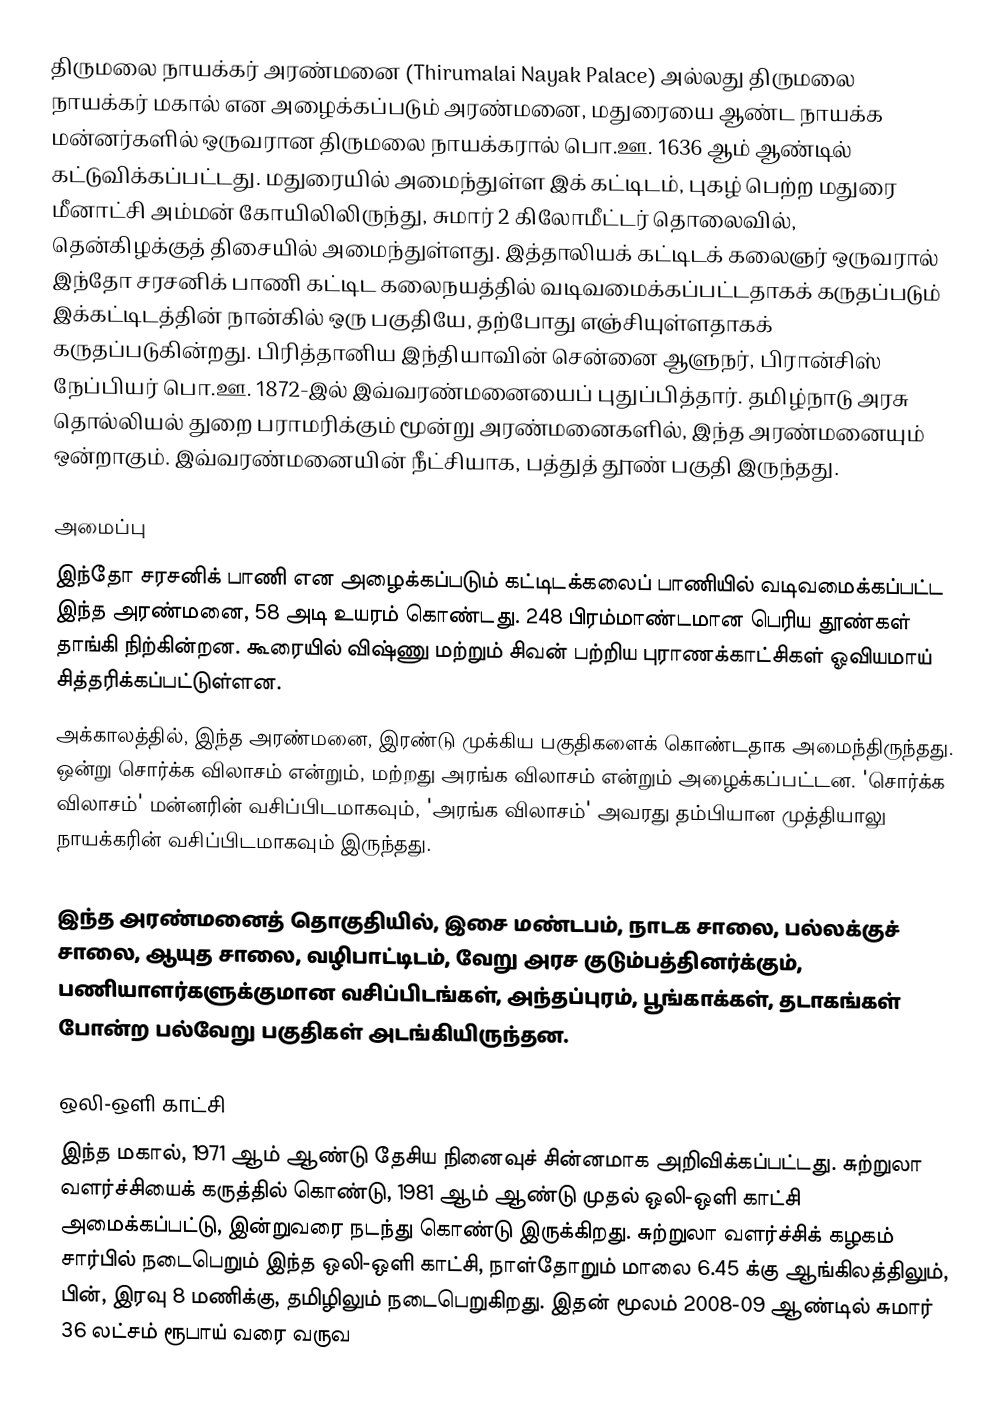
திருமலை நாயக்கர் அரண்மனை (Thirumalai Nayak Palace) அல்லது திருமலை நாயக்கர் மகால் என அழைக்கப்படும் அரண்மனை, மதுரையை ஆண்ட நாயக்க மன்னர்களில் ஒருவரான திருமலை நாயக்கரால் பொ.ஊ. 1636 ஆம் ஆண்டில் கட்டுவிக்கப்பட்டது. மதுரையில் அமைந்துள்ள இக் கட்டிடம், புகழ் பெற்ற மதுரை மீனாட்சி அம்மன் கோயிலிலிருந்து, சுமார் 2 கிலோமீட்டர் தொலைவில், தென்கிழக்குத் திசையில் அமைந்துள்ளது. இத்தாலியக் கட்டிடக் கலைஞர் ஒருவரால் இந்தோ சரசனிக் பாணி கட்டிட கலைநயத்தில் வடிவமைக்கப்பட்டதாகக் கருதப்படும் இக்கட்டிடத்தின் நான்கில் ஒரு பகுதியே, தற்போது எஞ்சியுள்ளதாகக் கருதப்படுகின்றது. பிரித்தானிய இந்தியாவின்  சென்னை ஆளுநர், பிரான்சிஸ் நேப்பியர் பொ.ஊ. 1872-இல் இவ்வரண்மனையைப் புதுப்பித்தார். தமிழ்நாடு அரசு தொல்லியல் துறை பராமரிக்கும் மூன்று அரண்மனைகளில், இந்த அரண்மனையும் ஒன்றாகும். இவ்வரண்மனையின் நீட்சியாக, பத்துத் தூண் பகுதி இருந்தது.

அமைப்பு
இந்தோ சரசனிக் பாணி என அழைக்கப்படும் கட்டிடக்கலைப் பாணியில் வடிவமைக்கப்பட்ட இந்த அரண்மனை, 58 அடி உயரம் கொண்டது. 248 பிரம்மாண்டமான பெரிய தூண்கள் தாங்கி நிற்கின்றன. கூரையில் விஷ்ணு மற்றும் சிவன் பற்றிய புராணக்காட்சிகள் ஓவியமாய் சித்தரிக்கப்பட்டுள்ளன.
அக்காலத்தில், இந்த அரண்மனை, இரண்டு முக்கிய பகுதிகளைக் கொண்டதாக அமைந்திருந்தது. ஒன்று சொர்க்க விலாசம்  என்றும், மற்றது அரங்க விலாசம் என்றும் அழைக்கப்பட்டன. 'சொர்க்க விலாசம்' மன்னரின் வசிப்பிடமாகவும், 'அரங்க விலாசம்' அவரது தம்பியான முத்தியாலு நாயக்கரின் வசிப்பிடமாகவும் இருந்தது.

இந்த அரண்மனைத் தொகுதியில், இசை மண்டபம், நாடக சாலை, பல்லக்குச் சாலை, ஆயுத சாலை, வழிபாட்டிடம், வேறு அரச குடும்பத்தினர்க்கும், பணியாளர்களுக்குமான வசிப்பிடங்கள், அந்தப்புரம், பூங்காக்கள், தடாகங்கள் போன்ற பல்வேறு பகுதிகள் அடங்கியிருந்தன.

ஒலி-ஒளி காட்சி
இந்த மகால், 1971 ஆம் ஆண்டு தேசிய நினைவுச் சின்னமாக அறிவிக்கப்பட்டது. சுற்றுலா வளர்ச்சியைக் கருத்தில் கொண்டு,  1981 ஆம் ஆண்டு முதல் ஒலி-ஒளி காட்சி அமைக்கப்பட்டு, இன்றுவரை நடந்து கொண்டு இருக்கிறது. சுற்றுலா வளர்ச்சிக் கழகம் சார்பில் நடைபெறும் இந்த ஒலி-ஒளி காட்சி, நாள்தோறும் மாலை 6.45 க்கு ஆங்கிலத்திலும், பின், இரவு 8 மணிக்கு, தமிழிலும் நடைபெறுகிறது. இதன் மூலம் 2008-09  ஆண்டில் சுமார் 36 லட்சம் ரூபாய் வரை வருவ